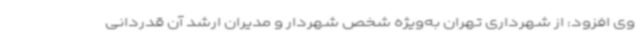
وی افزود: از شهرداری تهران به‌ویژه شخص شهردار و مدیران ارشد آن قدردانی